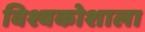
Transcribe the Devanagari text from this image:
विश्वकोशाला